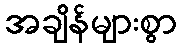
အချိန်များစွာ